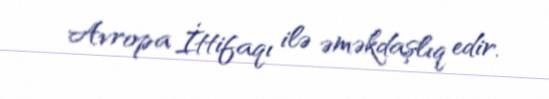
Avropa İttifaqı ilə əməkdaşlıq edir.